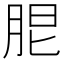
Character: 𦚢